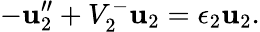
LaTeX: -\mathbf{u}_{2}^{\prime\prime}+V_{2}^{-}\mathbf{u}_{2}=\epsilon_{2}\mathbf{u}_{2}.